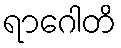
ရာဂေါတိ